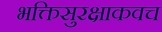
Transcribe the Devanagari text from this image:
भक्तिसुरक्षाकवच